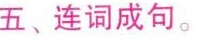
五、连词成句。